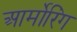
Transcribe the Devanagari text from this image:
आर्मोरिंग